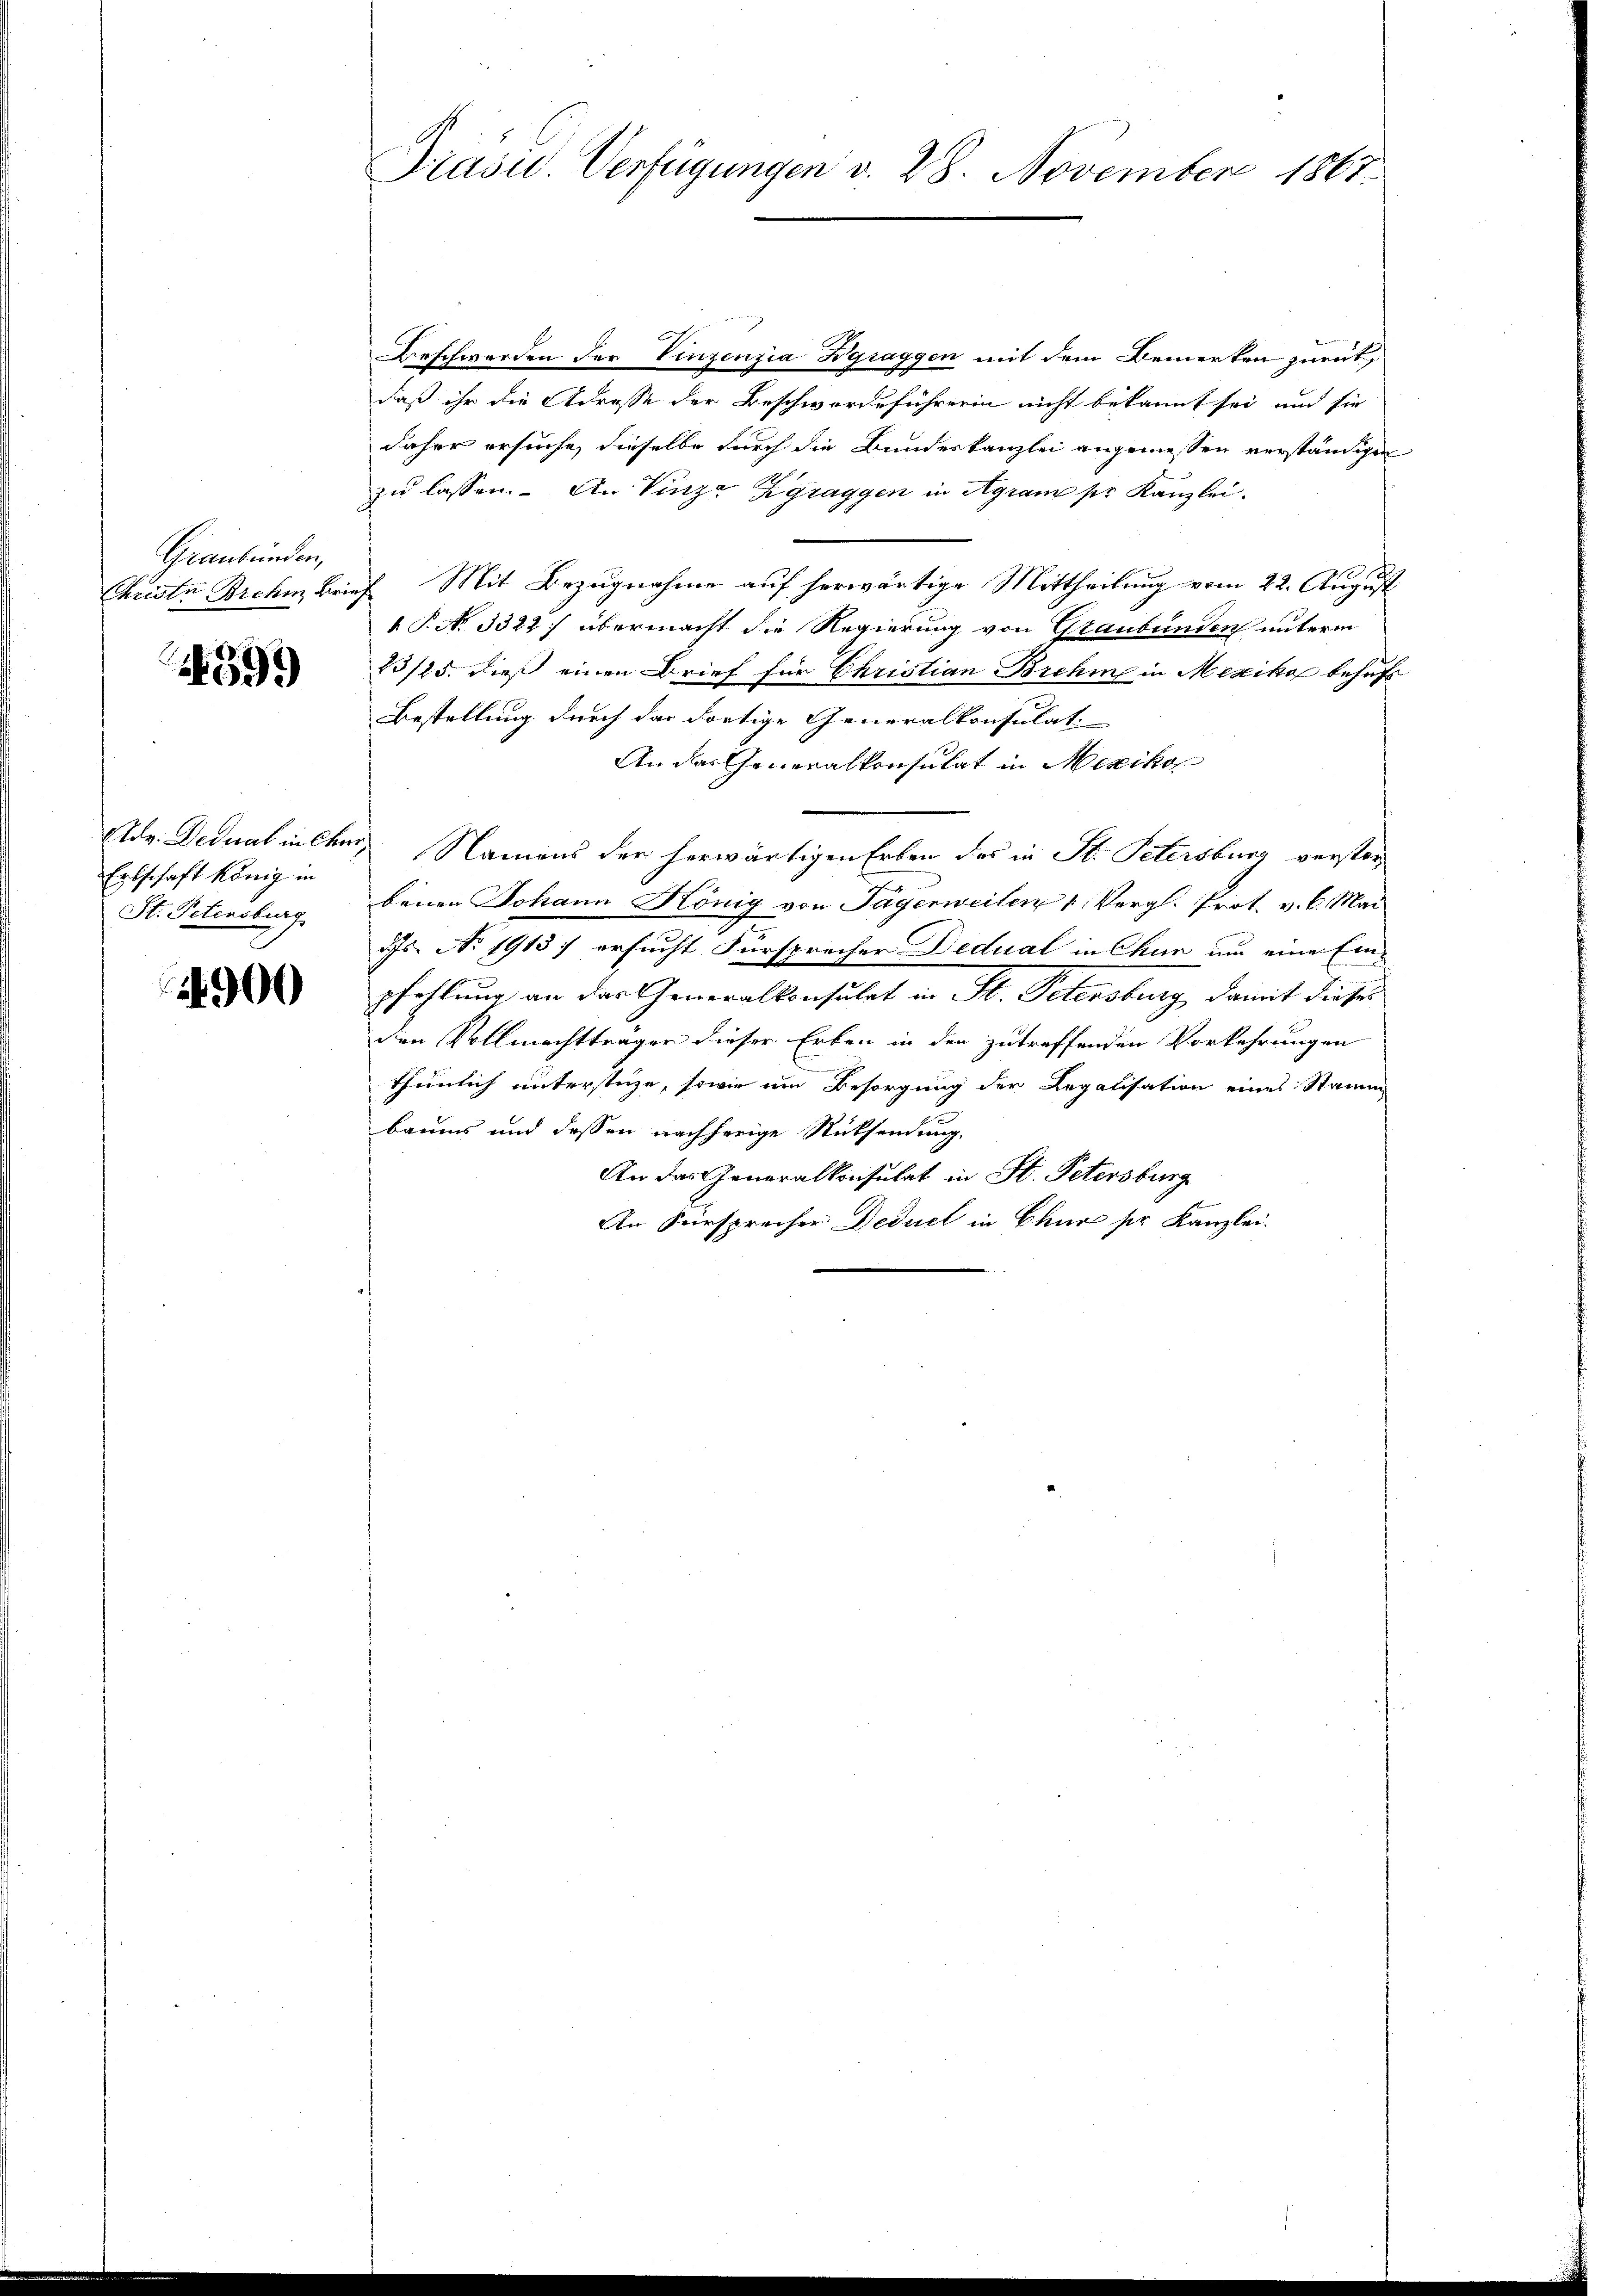
Graubünden,

599

v. Deduat in Ch
Ertschaft könig in
St. Petensburg

4900

Präsid. Verfügungen d. 28. November 1867.

Beschwerden der Vinzenzia Zgraggen mit dem Bemerken zurükdaß ihr die Adresse der Beschwerdeführerin nicht bekannt sei, und sie
daher ersuche, dieselbe durch die Bundeskanzlei angemessen verständigen
zu lassen. An Vinze Zgraggen in Agram per Kanzlei
Christe Brohm Brief Mit Bezugnahme auf herwärtige Mittheilung vom 22. August
 P. No. 3322) übermacht die Regierung von Graubünden unterm
23/25. dieß einen Brief für Christian Brehm in Mexika behuf
Bestellung durch das dortige Generalkonsulat
An das Generalkonsulat in Mexiko
Namens der herwärtigen Erben des in St. Petersburg verster
benen Johann König von Tägerweilen 1 Vergl. Prot. v. l. Mai
ds. No. 1913) ersucht Fürsprecher Dedual in Chur um eine Einpfehlung an das Generalkonsulat in St. Petersburg, damit dieser
den Vollmachtträgen dieser Erben in den zutreffenden Vorkehrungen
thunlich unterstüze, sowie um Besorgung der Legalisation eines Stamm
baums und dessen nachherige Rücksendung.
An das Generalkonsulat in St. Petersburg
An Fürsprecher Deduct in Chur ser Kanzlei.